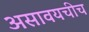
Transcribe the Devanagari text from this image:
असावयचीच